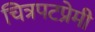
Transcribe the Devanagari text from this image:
चित्रपटप्रेमी